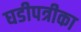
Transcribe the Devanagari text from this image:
घडीपत्रीका